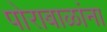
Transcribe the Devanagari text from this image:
पोराबाळांना